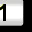
Digit: 1